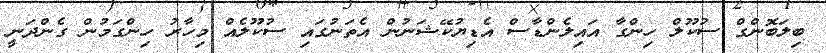
ބިލަބޮންގް ސުކޫލް ހިންގާ އައިލެންޑާސް އެޑިޔުކޭޝަނުން އެތަނުގައި ސުކޫލެއް މިހާރު ހިންގަމުން ގެންދަނީ